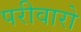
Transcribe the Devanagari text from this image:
परीवारो